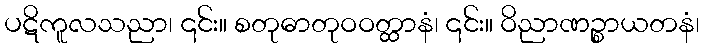
ပဋိကူလသညာ၊ ၎င်း။ စတုဓာတုဝဝတ္ထာနံ၊ ၎င်း။ ဝိညာဏဉ္စာယတနံ၊